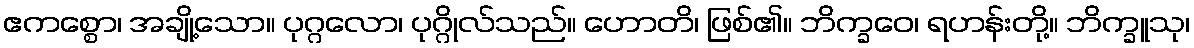
ဧကစ္စော၊ အချို့သော။ ပုဂ္ဂလော၊ ပုဂ္ဂိုလ်သည်။ ဟောတိ၊ ဖြစ်၏။ ဘိက္ခဝေ၊ ရဟန်းတို့။ ဘိက္ခူသု၊